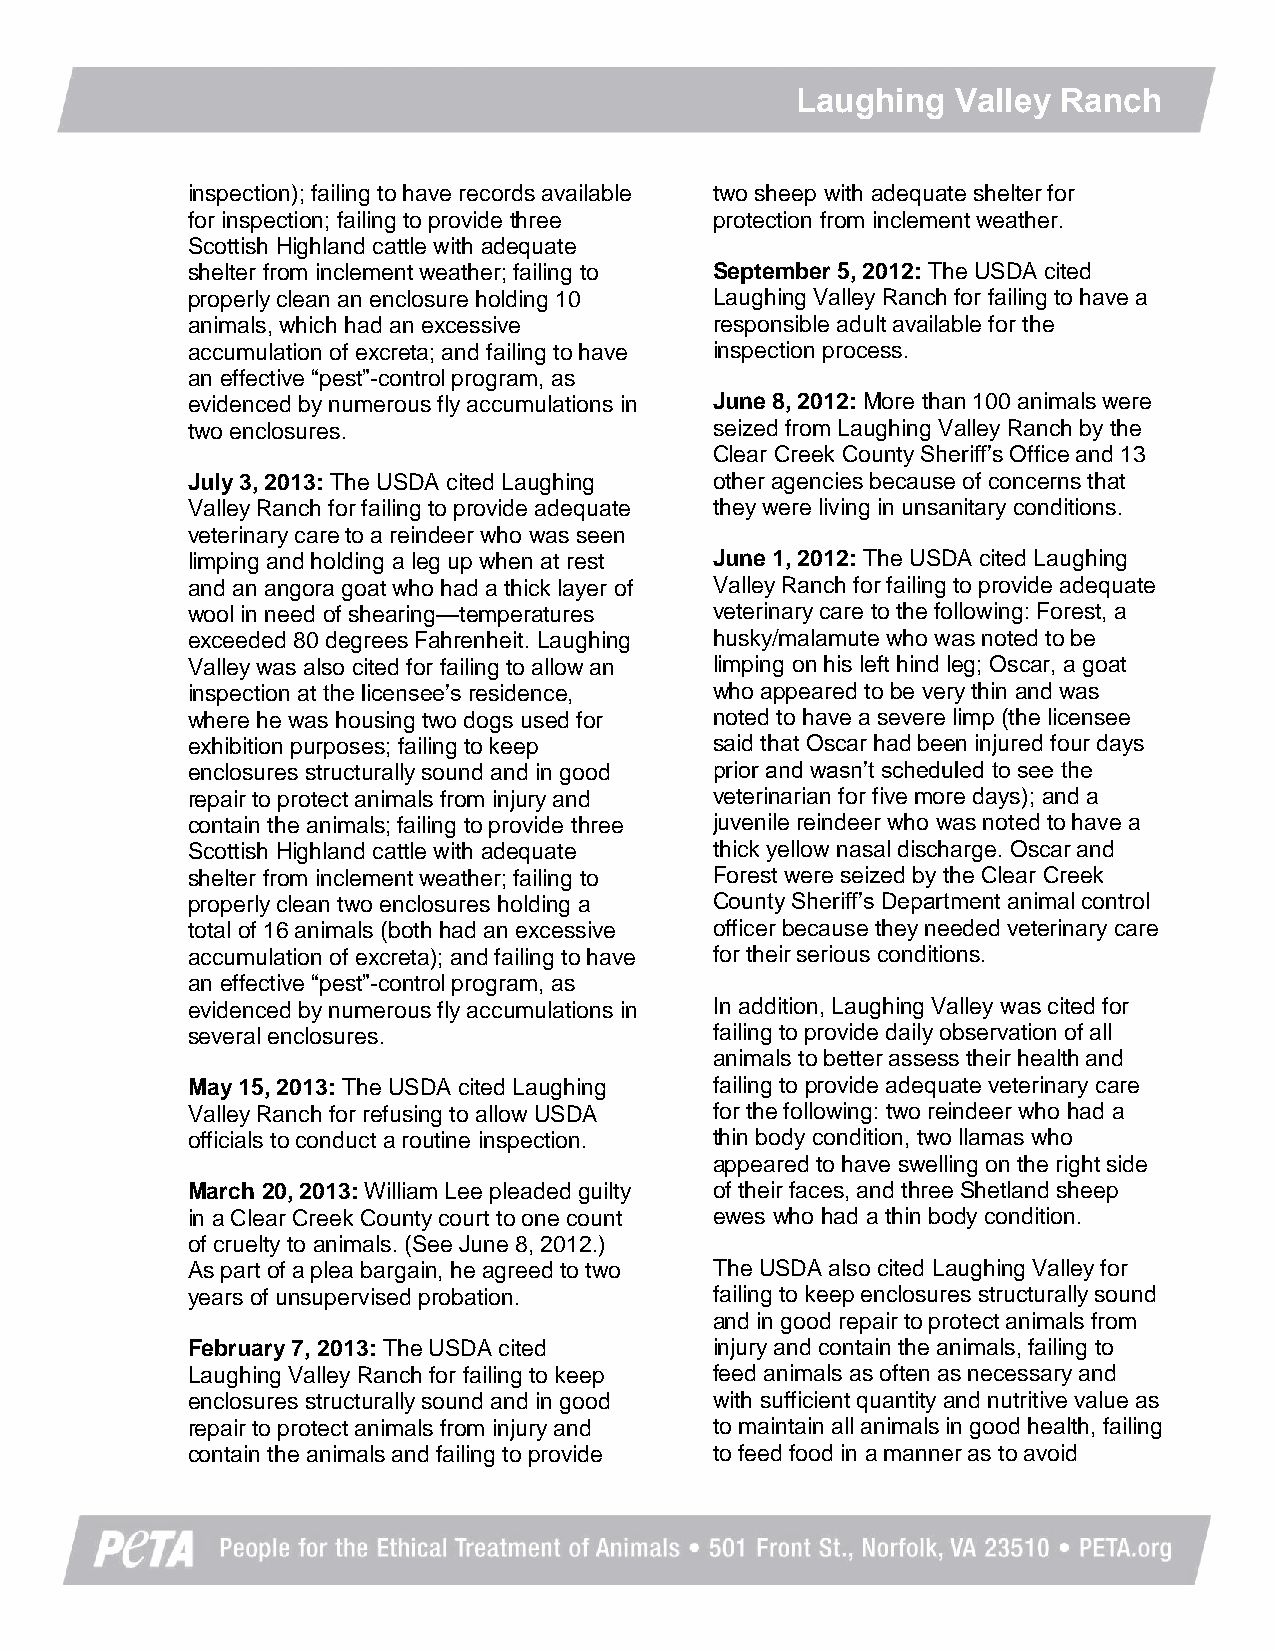
Laughing  Valley Ranch
 inspection); failing to have records available two sheep with adequate shelter for
 for inspection; failing to provide three protection from inclement weather.
 Scottish Highland cattle with adequate
 shelter from inclement weather; failing to September 5, 2012: The USDA cited
 properly clean an enclosure holding 10 Laughing Valley Ranch for failing to have a
 animals, which had an excessive    responsible adult available for the
 accumulation of excreta; and failing to have inspection process.
 an effective “pest”-control program, as
 evidenced by numerous fly accumulations in June 8, 2012: More than 100 animals were
 two enclosures.                    seized from Laughing Valley Ranch by the
 Clear Creek County Sheriff’s Office and 13
 July 3, 2013: The USDA cited Laughing other agencies because of concerns that
 Valley Ranch for failing to provide adequate they were living in unsanitary conditions.
 veterinary care to a reindeer who was seen
 limping and holding a leg up when at rest June 1, 2012: The USDA cited Laughing
 and an angora goat who had a thick layer of Valley Ranch for failing to provide adequate
 wool in need of shearing—temperatures veterinary care to the following: Forest, a
 exceeded 80 degrees Fahrenheit. Laughing husky/malamute who was noted to be
 Valley was also cited for failing to allow an limping on his left hind leg; Oscar, a goat
 inspection at the licensee’s residence, who appeared to be very thin and was
 where he was housing two dogs used for noted to have a severe limp (the licensee
 exhibition purposes; failing to keep said that Oscar had been injured four days
 enclosures structurally sound and in good prior and wasn’t scheduled to see the
 repair to protect animals from injury and veterinarian for five more days); and a
 contain the animals; failing to provide three juvenile reindeer who was noted to have a
 Scottish Highland cattle with adequate thick yellow nasal discharge. Oscar and
 shelter from inclement weather; failing to Forest were seized by the Clear Creek
 properly clean two enclosures holding a County Sheriff’s Department animal control
 total of 16 animals (both had an excessive officer because they needed veterinary care
 accumulation of excreta); and failing to have for their serious conditions.
 an effective “pest”-control program, as
 evidenced by numerous fly accumulations in In addition, Laughing Valley was cited for
 several enclosures.                failing to provide daily observation of all
 animals to better assess their health and
 May 15, 2013: The USDA cited Laughing failing to provide adequate veterinary care
 Valley Ranch for refusing to allow USDA for the following: two reindeer who had a
 officials to conduct a routine inspection. thin body condition, two llamas who
 appeared to have swelling on the right side
 March 20, 2013: William Lee pleaded guilty of their faces, and three Shetland sheep
 in a Clear Creek County court to one count ewes who had a thin body condition.
 of cruelty to animals. (See June 8, 2012.)
 As part of a plea bargain, he agreed to two The USDA also cited Laughing Valley for
 years of unsupervised probation.   failing to keep enclosures structurally sound
 and in good repair to protect animals from
 February 7, 2013: The USDA cited   injury and contain the animals, failing to
 Laughing Valley Ranch for failing to keep feed animals as often as necessary and
 enclosures structurally sound and in good with sufficient quantity and nutritive value as
 repair to protect animals from injury and to maintain all animals in good health, failing
 contain the animals and failing to provide to feed food in a manner as to avoid